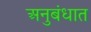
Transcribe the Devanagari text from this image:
अनुबंधात